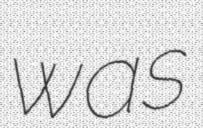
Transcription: was